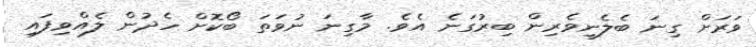
ވަރަށް ގިނަ ބެލެނިވެރިން ބިރުގަނެ އެވެ. މާގިނަ ނުވަތަ ބޯކޮށް ހެދުން ލެއްވިފައި